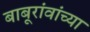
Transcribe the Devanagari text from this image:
बाबूरांवांच्या